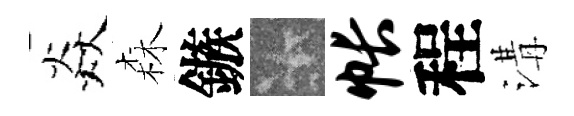
焱森鏃卡帐程溝